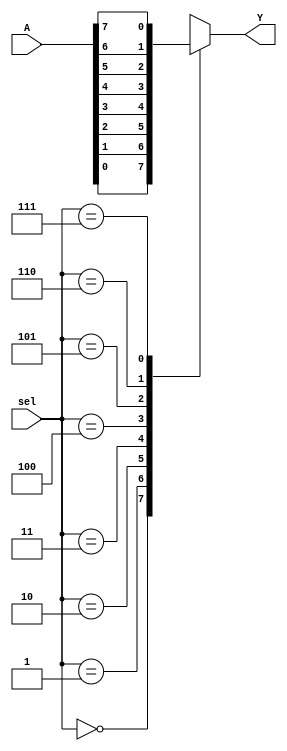
// 8:1 MUX in Behavioral Modeling
// Created by Nitheesh Kumar - Aug 01 2020

module Mux_8x1_beh (
	input [7:0] A,
	input [2:0] sel,
	output reg Y);

always @(sel or A) begin
case (sel)
3'b000 : Y<= A[0];
3'b001 : Y<= A[1];
3'b010 : Y<= A[2];
3'b011 : Y<= A[3];
3'b100 : Y<= A[4];
3'b101 : Y<= A[5];
3'b110 : Y<= A[6];
3'b111 : Y<= A[7];
default : Y<= 1'b0;
endcase
end

endmodule